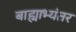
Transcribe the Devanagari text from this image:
बाह्याभ्यंतर